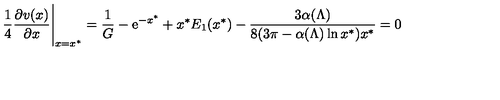
{ \frac { 1 } { 4 } } { \frac { \partial v ( x ) } { \partial x } } \Bigg \vert _ { x = x ^ { * } } = { \frac { 1 } { G } } - { \mathrm { e } } ^ { - x ^ { * } } + x ^ { * } E _ { 1 } ( x ^ { * } ) - { \frac { 3 \alpha ( \Lambda ) } { 8 ( 3 \pi - \alpha ( \Lambda ) \ln x ^ { * } ) x ^ { * } } } = 0